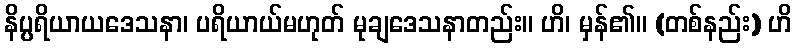
နိပ္ပရိယာယဒေသနာ၊ ပရိယာယ်မဟုတ် မုချဒေသနာတည်း။ ဟိ၊ မှန်၏။ (တစ်နည်း) ဟိ